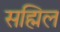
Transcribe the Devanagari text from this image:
सह्मिल